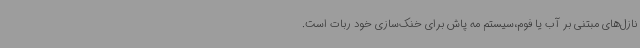
نازل‌های مبتنی بر آب یا فوم،سیستم مه پاش برای خنک‌سازی خود ربات است.